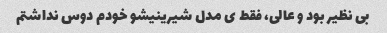
بی نظیر بود و عالی، فقط ی مدل شیرینیشو خودم دوس نداشتم